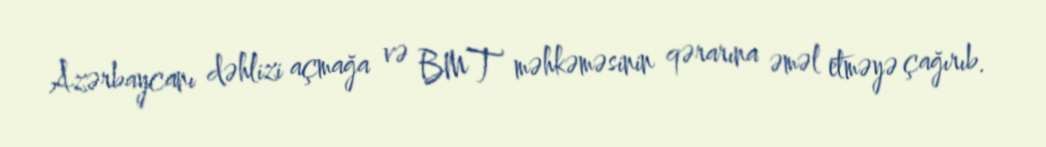
Azərbaycanı dəhlizi açmağa və BMT məhkəməsinin qərarına əməl etməyə çağırıb.